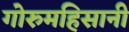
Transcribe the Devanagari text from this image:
गोरुमहिसानी